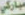
مباركي